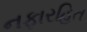
નફારહિત